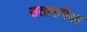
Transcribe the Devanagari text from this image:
उतारापेक्षा